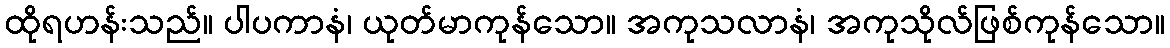
ထိုရဟန်းသည်။ ပါပကာနံ၊ ယုတ်မာကုန်သော။ အကုသလာနံ၊ အကုသိုလ်ဖြစ်ကုန်သော။